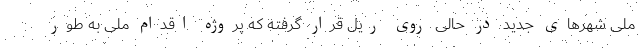
ملی شهرهای جدید در حالی روی ریل قرار گرفته که پروژه اقدام ملی به طور